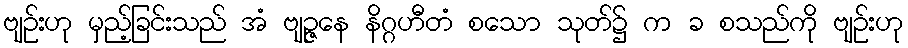
ဗျဉ်းဟု မှည့်ခြင်းသည် အံ ဗျဉ္ဇနေ နိဂ္ဂဟီတံ စသော သုတ်၌ က ခ စသည်ကို ဗျဉ်းဟု